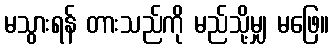
မသွားရန် တားသည်ကို မည်သို့မျှ မဖြေ။